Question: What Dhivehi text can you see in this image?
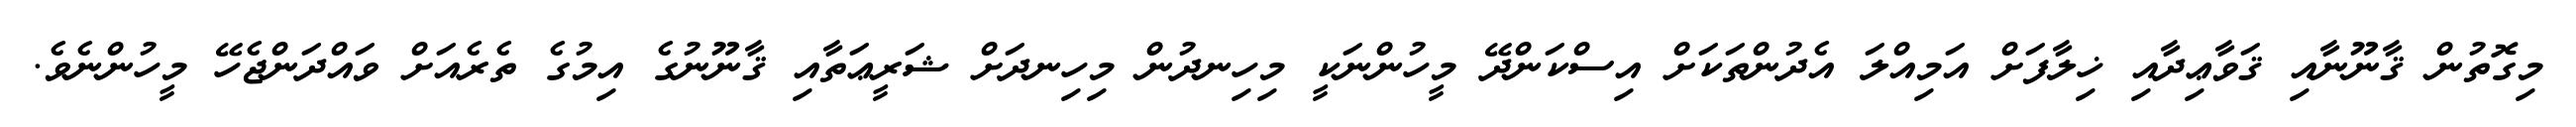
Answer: މިގޮތުން ޤާނޫނާއި ޤަވާޢިދާއި ޚިލާފަށް އަމިއްލަ އެދުންތަކަށް އިސްކަންދޭ މީހުންނަކީ މިހިނދުން މިހިނދަށް ޝަރީޢަތާއި ޤާނޫނުގެ އިމުގެ ތެރެއަށް ވައްދަންޖެހޭ މީހުންނެވެ.